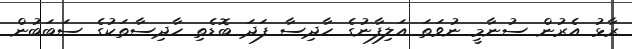
ރާޅު އެރުން ސުނާމީ ނުވަތަ އަލިފާނުގެ ހާދިސާ ފަދަ ބޮޑެތި ހާދިސާތަކުގެ ސަބަބުން